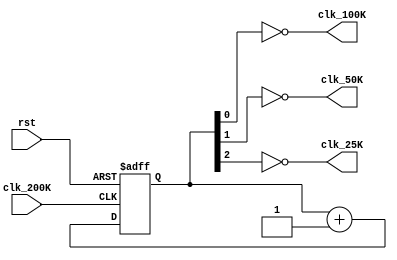
module clk_div_phase (rst, clk_200K, clk_100K, clk_50K, clk_25K);

input        clk_200K;
input        rst;
output       clk_100K, clk_50K, clk_25K;
wire         clk_100K, clk_50K, clk_25K;

reg [2:0] cnt;  

always @ (posedge clk_200K or negedge rst)
   if (!rst)
      cnt <= 3'b000;
   else
      cnt <= cnt + 1;

assign clk_100K = ~cnt [0];
assign clk_50K  = ~cnt [1];
assign clk_25K  = ~cnt [2];

endmodule